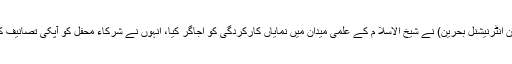
شرکائے محفل سے خطاب کرتے ہوئے چوہدری یحیی جاوید (ناظم مالیات منہاج القرآن انٹرنیشنل بحرین) نے شیخ الاسلا م کے علمی میدان میں نمایاں کارکردگی کو اجاگر کیا، انہوں نے شرکاء محفل کو آپکی تصانیف کے مطالعہ اور سماع خطابات کی تلقین کرتے ہوئے مشن میں شمولیت کی دعوت دی۔